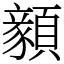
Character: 顡